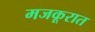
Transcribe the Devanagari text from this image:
मजकूरात